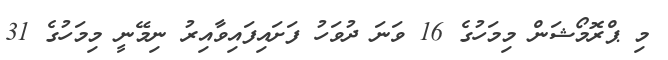
މި ޕްރޮމޯޝަން މިމަހުގެ 16 ވަނަ ދުވަހު ފަށައިފައިވާއިރު ނިމޭނީ މިމަހުގެ 31